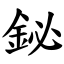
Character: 鉍